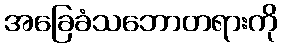
အခြေခံသဘောတရားကို